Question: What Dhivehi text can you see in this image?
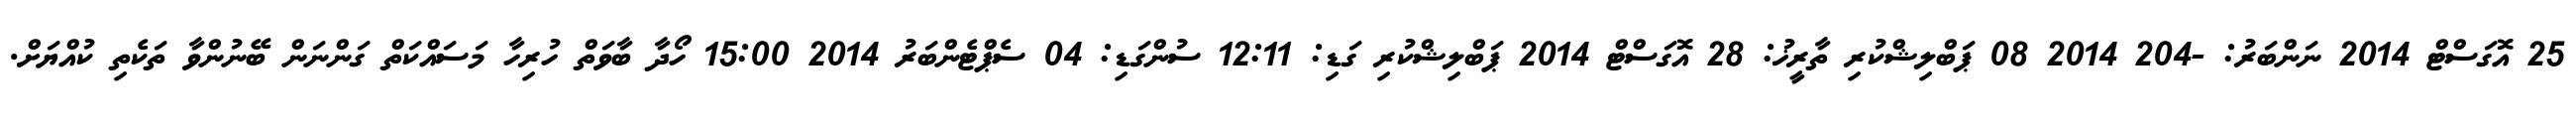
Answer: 25 އޮގަސްޓް 2014 ނަންބަރު: -204 2014 08 ޕަބްލިޝްކުރި ތާރީޚު: 28 އޮގަސްޓް 2014 ޕަބްލިޝްކުރި ގަޑި: 12:11 ސުންގަޑި: 04 ސެޕްޓެންބަރު 2014 15:00 ހޯދާ ބާވަތް ހުރިހާ މަސައްކަތް ގަންނަން ބޭނުންވާ ތަކެތި ކުއްޔަށް.